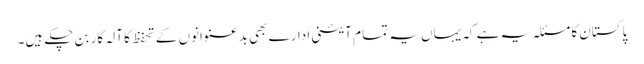
پاکستان کا مسئلہ یہ ہے کہ یہاں یہ تما م آئینی ادارے بھی بدعنوانوں کے تحفظ کا آلہ کار بن چکے ہیں۔